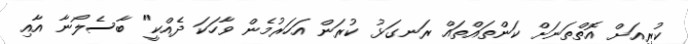
ކުރިއަށް އޮތްތަނަށް ކަންތައްތައް ރަނގަޅު ކުރަން އަހަރުމެން ވާހަކަ ދެއްކީ" ބާސެލޯނާ އާއި